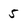
Character: 5